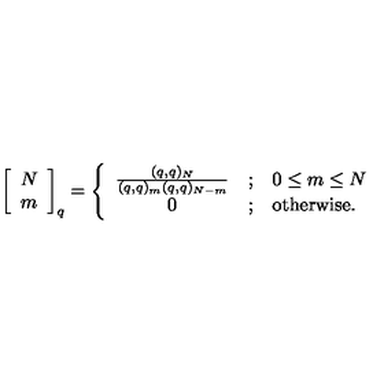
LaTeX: \left[ \begin{array} { c } { N } \\ { m } \\ \end{array} \right] _ { q } = \left\{ \begin{array} { c l l } { \frac { ( q , q ) _ { N } } { ( q , q ) _ { m } ( q , q ) _ { N - m } } } & { ; } & { 0 \leq m \leq N } \\ { 0 } & { ; } & { \mathrm { o t h e r w i s e . } } \\ \end{array} \right.